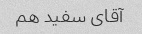
آقای سفید هم